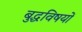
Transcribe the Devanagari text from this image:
बुद्धविषयों